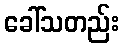
ခေါ်သတည်း